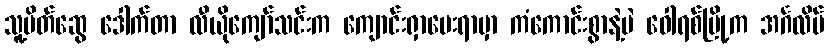
သူ့မိတ်ဆွေ ဒေါက်တာ လီယိုကျော်သင်းက ကျောင်းရှာပေးရာမှာ ကံကောင်းစွာနဲ့ပဲ ဝေါရစ်မြို့က အင်္ဂလိပ်